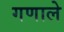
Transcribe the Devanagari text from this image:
गणाले